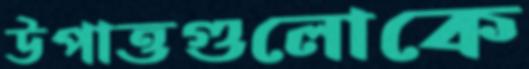
উপাত্তগুলোকে